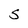
Character: S